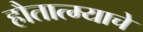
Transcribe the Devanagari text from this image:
हौतात्म्याचे